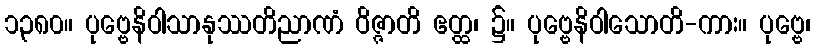
၁၃၈၀။ ပုဗ္ဗေနိဝါသာနုဿတိညာဏံ ဝိဇ္ဇာတိ ဧတ္ထ၊ ၌။ ပုဗ္ဗေနိဝါသောတိ-ကား။ ပုဗ္ဗေ၊